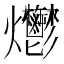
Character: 爩